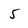
Character: 5